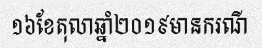
១៦ខែតុលាឆ្នាំ២០១៩មានករណី